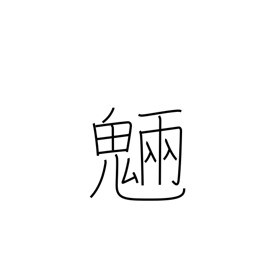
Meaning: spirits of trees and rocks